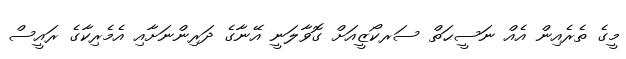
މީގެ ތެރެއިން އެއް ނަސީޙަތް ސަރކޯޒީއަށް ގޮވާލަނީ އޭނާގެ ދަރިންނަށާއި އެމެރިކާގެ ރައީސް